Civil Veterinary Department. Madras. Admin. report 1910-25 - 1910-1925
Year: 1910
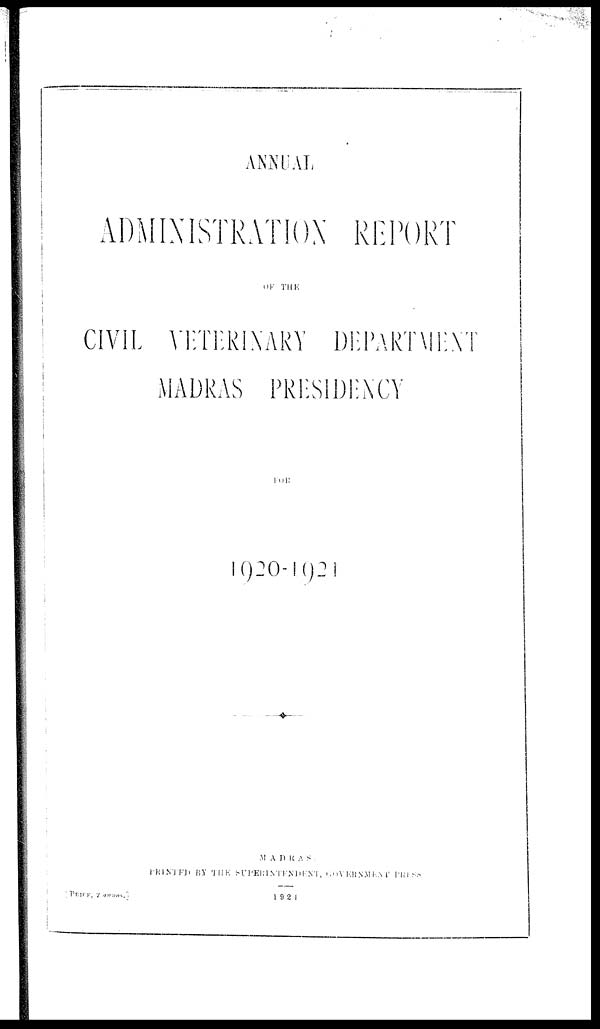
ANNUAL
ADMINISTRATION REPORT
OF THE
CIVIL VETERINARY DEPARTMENT
MADRAS PRESIDENCY
FOR
1920-1921
MADRAS.
PRINTED
BY
THE
SUPERINTENDENT, GOVERNMENT PRESS
[PRICE, 2 annas.]
1921